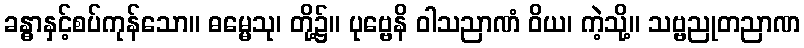
ခန္ဓာနှင့်စပ်ကုန်သော။ ဓမ္မေသု၊ တို့၌။ ပုဗ္ဗေနိ ဝါသညာဏံ ဝိယ၊ ကဲ့သို့။ သဗ္ဗညုတညာဏ